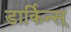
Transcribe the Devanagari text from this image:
डार्किन्स्